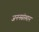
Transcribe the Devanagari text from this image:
जननसंस्थान